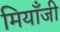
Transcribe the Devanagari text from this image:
मियाँजी